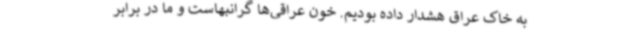
به خاک عراق هشدار داده بودیم. خون عراقی‌ها گرانبهاست و ما در برابر